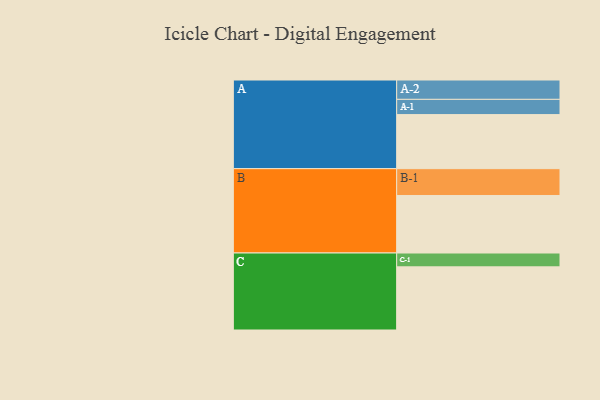
{"axis": {"x": "Segment", "y": "Value"}, "legend": ["", "A", "B", "C"], "data": [{"x": "A", "y": 500, "type": ""}, {"x": "B", "y": 532, "type": ""}, {"x": "C", "y": 584, "type": ""}, {"x": "A-1", "y": 141, "type": "A"}, {"x": "A-2", "y": 179, "type": "A"}, {"x": "B-1", "y": 248, "type": "B"}, {"x": "C-1", "y": 128, "type": "C"}]}